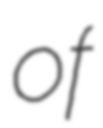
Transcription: of